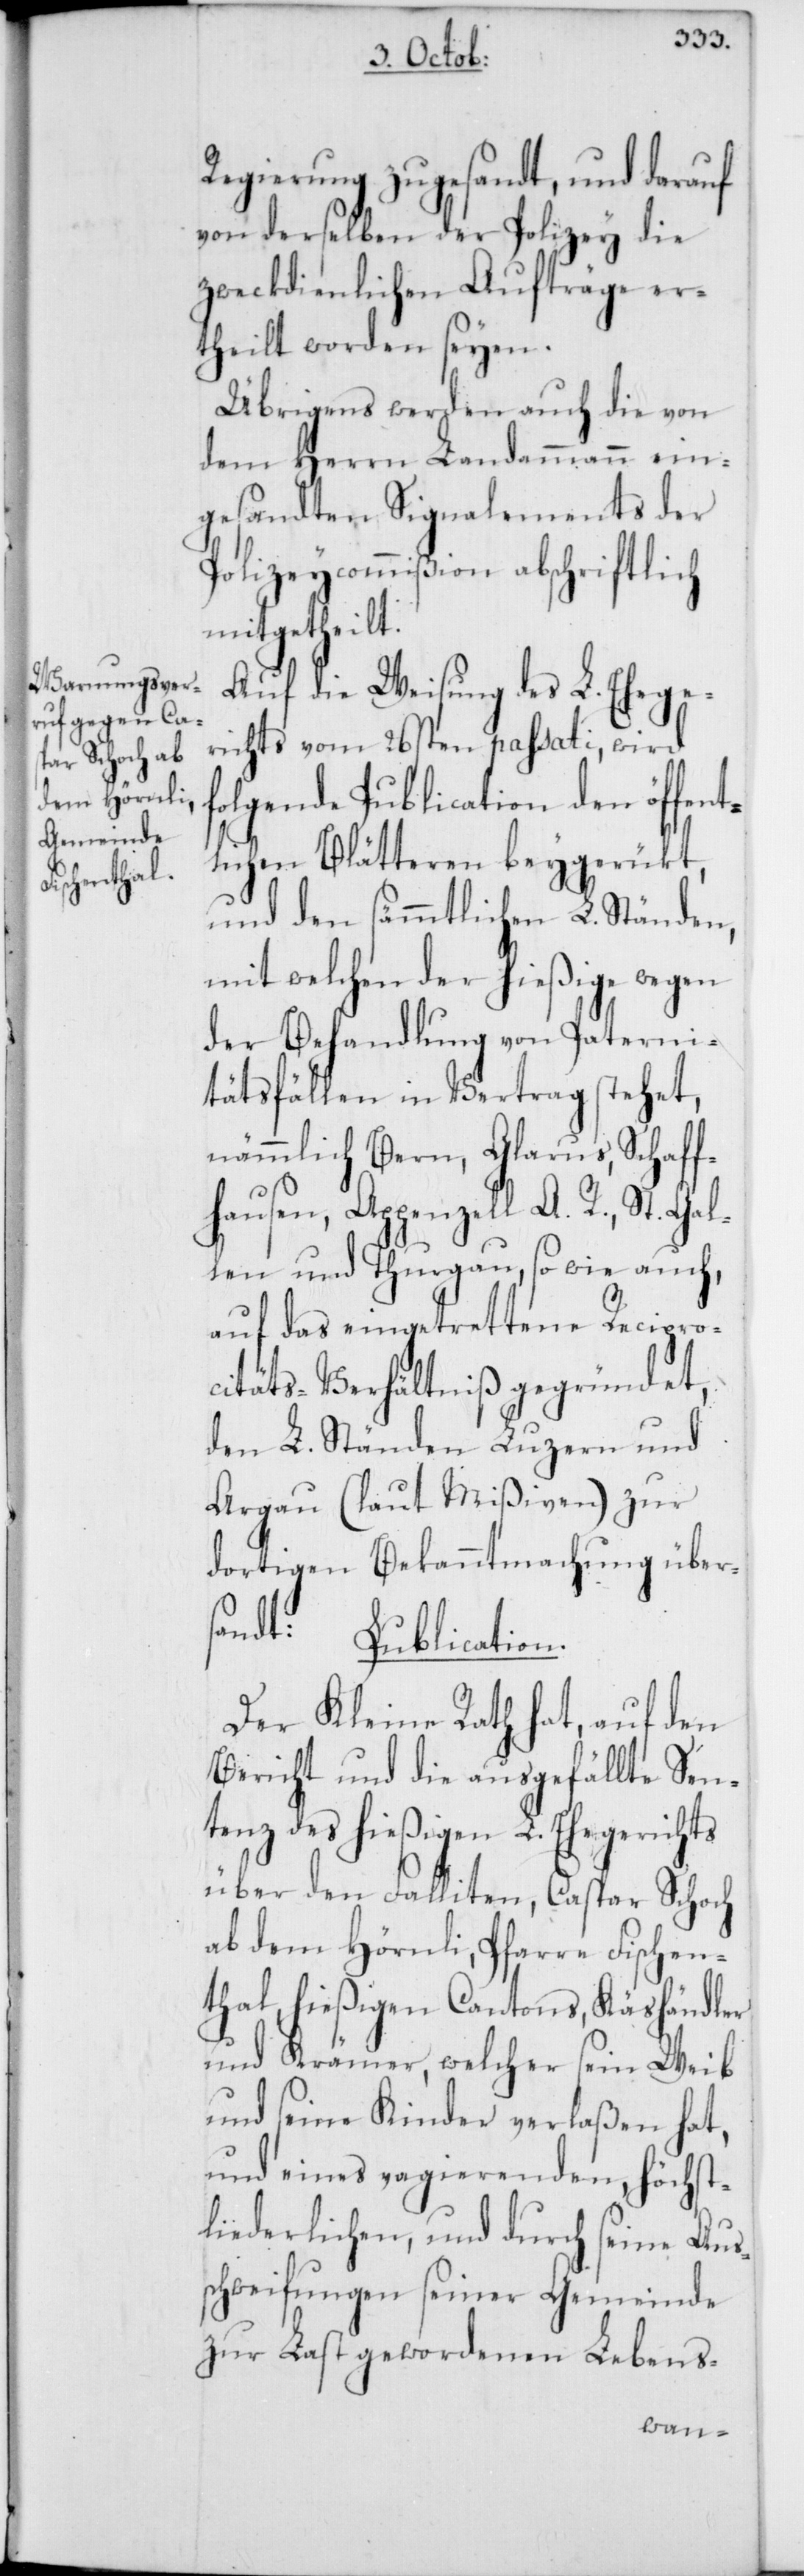
Regierung zugesandt, und darauf
von derselben der Polizey die
zweckdienlichen Aufträge er¬
theilt worden seyen.
Übrigens werden auch die von
dem Herrn Landammann ein¬
gesandten Signalements der
Polizeycommißion abschriftlich
mitgetheilt.
Auf die Weisung des L. Ehege¬
richts vom 26sten passati, wird
folgende Publication den öffent¬
lichen Blätteren beygerükt,
und den sämtlichen L. Ständen,
mit welchen der hießige wegen
der Behandlung von Paterni¬
tätsfällen in Vertrag stehet,
nämmlich Bern, Glarus, Schaff¬
hausen, Appenzell A. R., St. Ga¬
llen und Thurgau, so wie auch,
auf das eingetrettene Recipro¬
citäts-Verhältniß gegründet,
den L. Ständen Luzern und
Argau (laut Mißiven) zur
dortigen Bekanntmachung übers¬
andt:
Publication.
Der Kleine Rath hat, auf den
Bericht und die ausgefällte Sen¬
tenz des hießigen L. Ehegerichts
über den Falliten, Caspar Schoch
ab dem Hörnli, Pfarre Fischen¬
thal, hießigen Cantons, Käshändler
und Krämer, welcher sein Weib
und seine Kinder verlaßen hat,
und eines vagierenden, höchst
liederlichen, und durch seine Auß¬
chweifungen seiner Gemeinde
zur Last gewordenen Lebens-